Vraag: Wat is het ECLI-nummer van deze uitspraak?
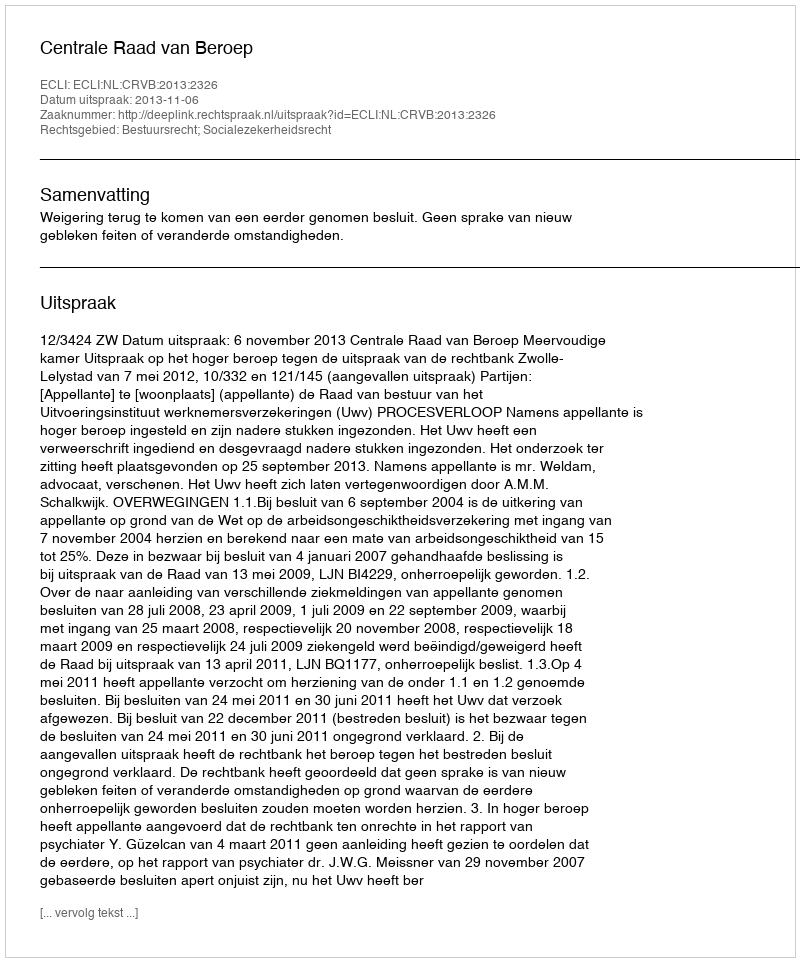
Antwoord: ECLI:NL:CRVB:2013:2326